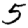
Digit: 5